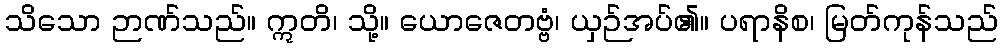
သိသော ဉာဏ်သည်။ ဣတိ၊ သို့။ ယောဇေတဗ္ဗံ၊ ယှဉ်အပ်၏။ ပရာနိစ၊ မြတ်ကုန်သည်